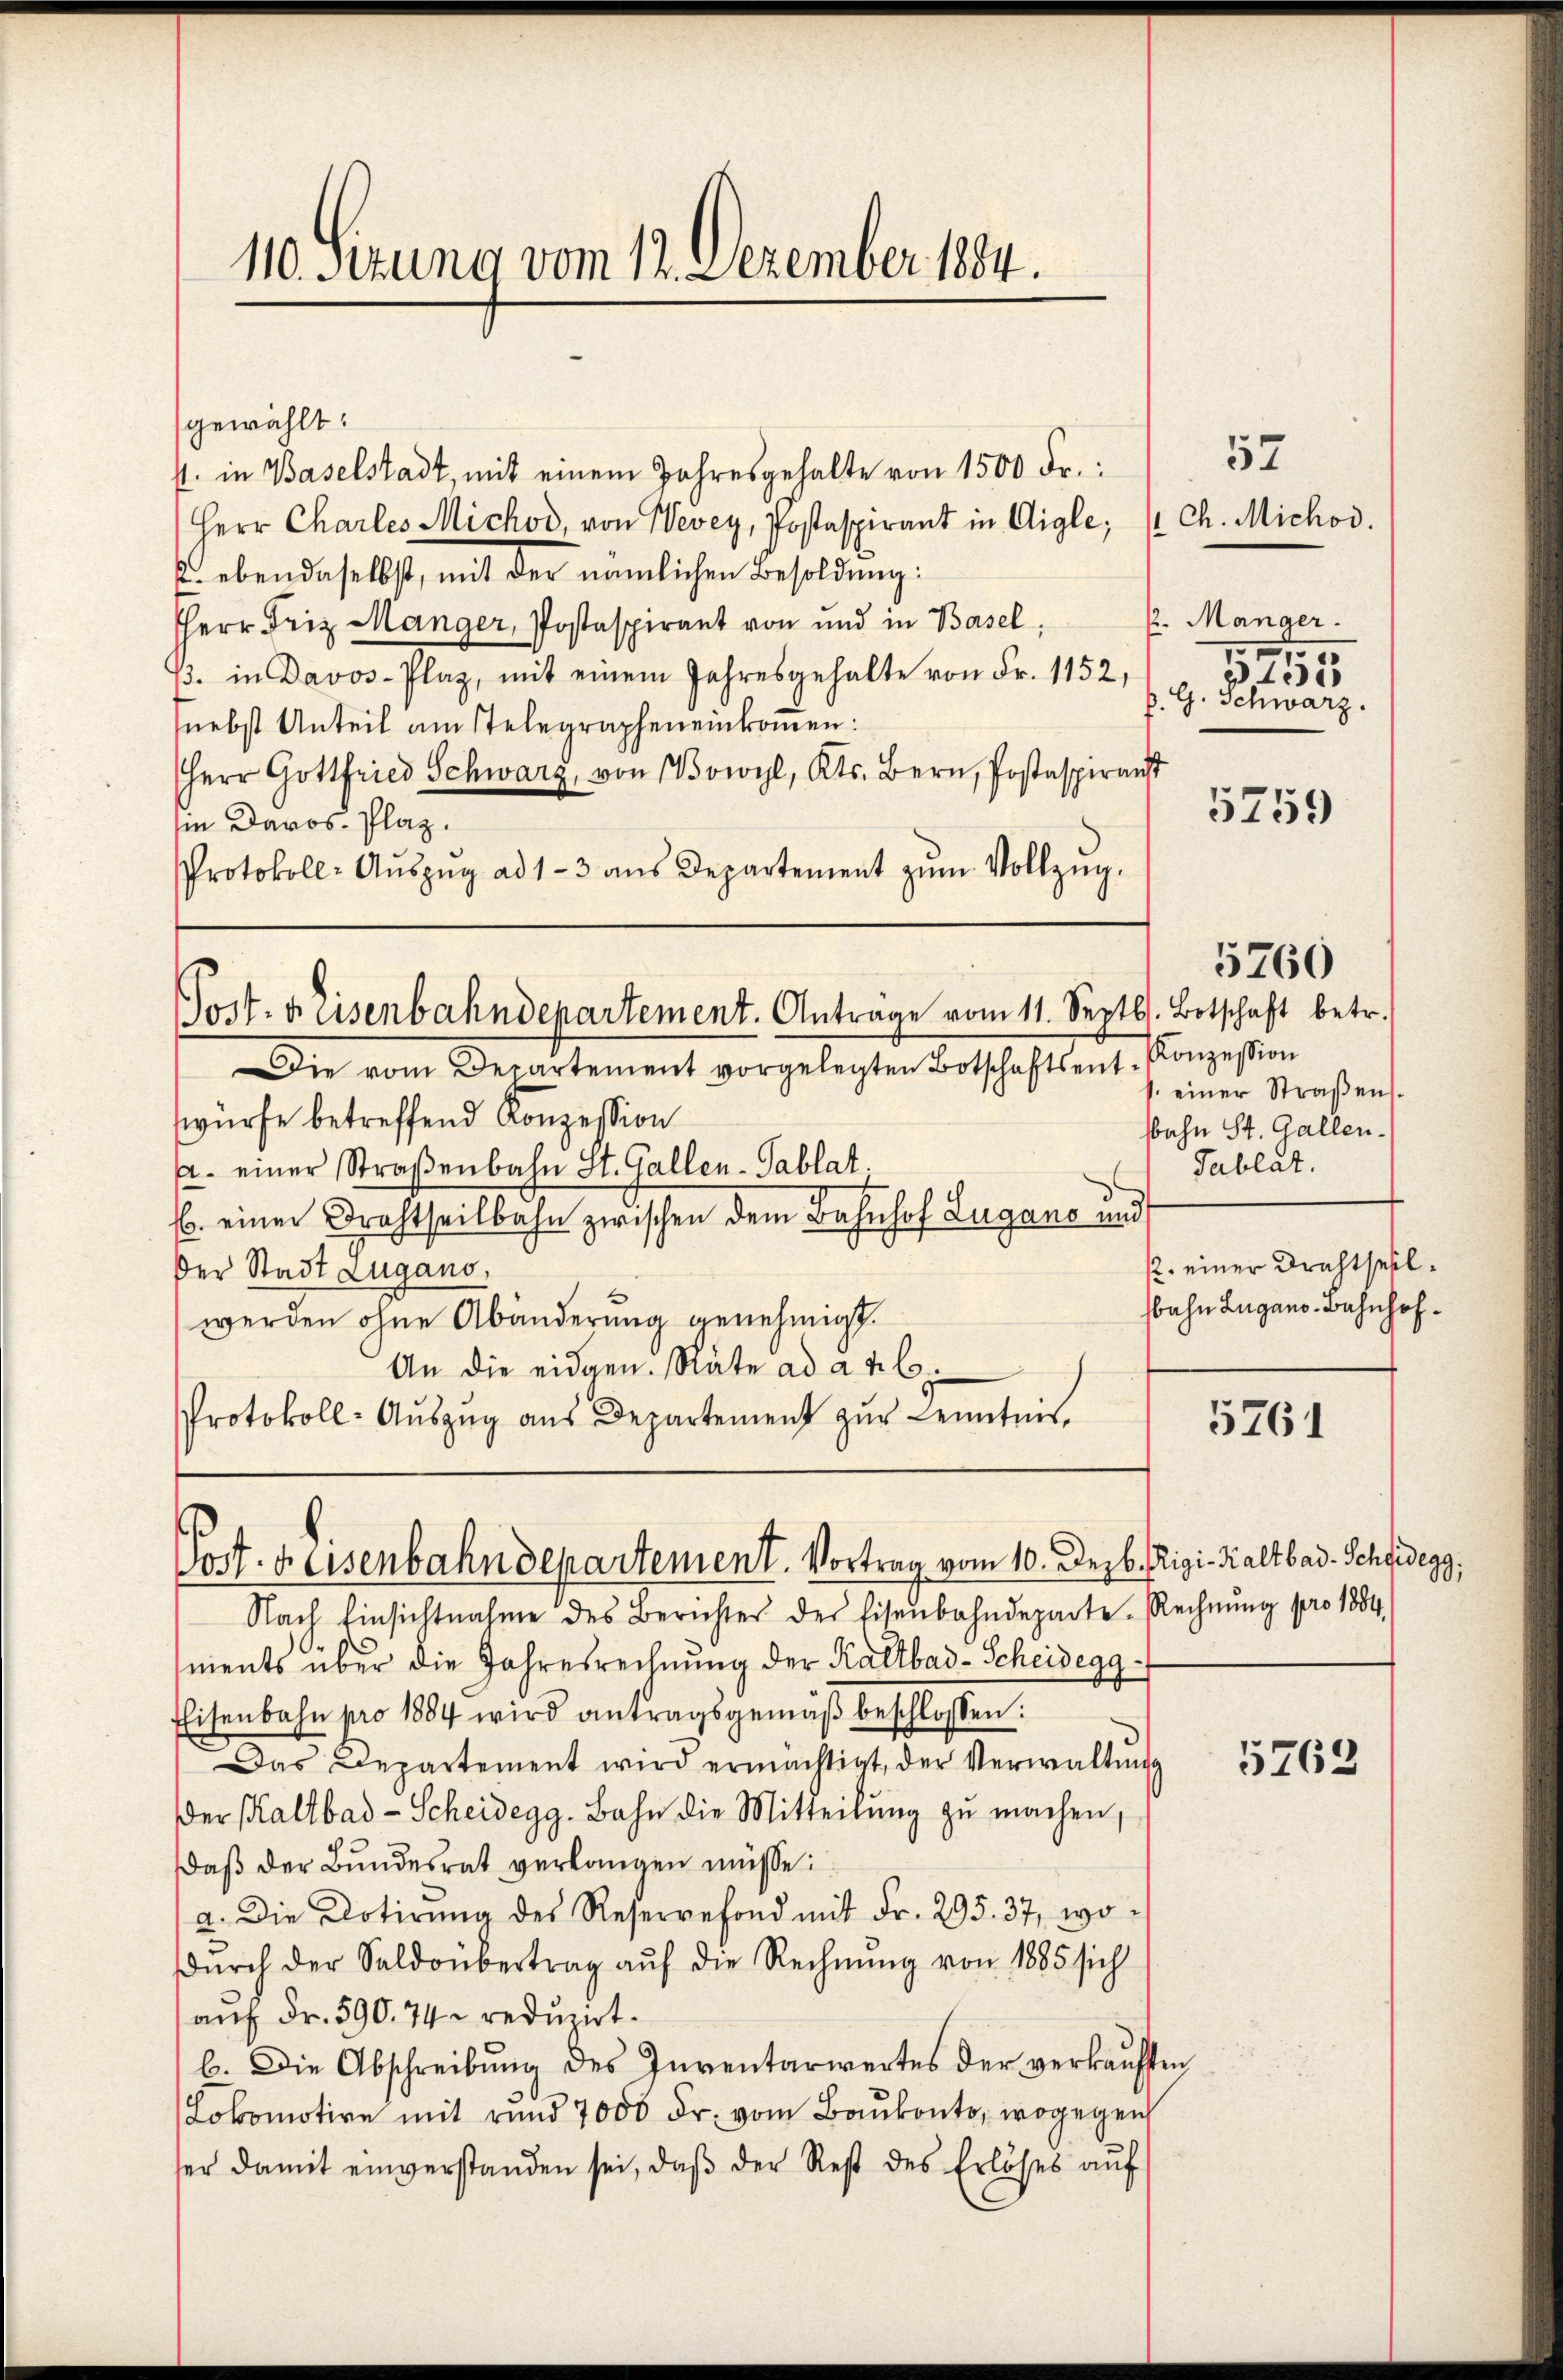
110. Sitzung vom 12. Dezember 1884.

gewählt:
1. in Baselstadt, mit einem Jahresgehalte von 1500 Fr.
Herr Charles Michod, von Wevey, Postaspirant in Aigle: 1 Ch. Michod.
E. ebendaselbst, mit der nämlichen Besoldung:
Herr Friz Manger, Postaspirant von und in Basel,
β. in Davos- Plaz, mit einem Jahresgehalte von Fr. 1152,
nebst Anteil am stelegraphen einkommen:
Herr Gottfried Schwarz, von Wowyl, Kts. Bern, Postaspirant
in Davos- Plaz.
Protokoll-Aŭszŭg ad 1-3 aŭs Departement zŭm Vollzŭg.

Post. Eisenbahndepartement. Antrage vom 11. Septbr. Botschaft betr.

Tod. d. Eisenbahndepartement. Vortrag vom 10. Dezb. Rigi-Kaltbar. Scheidegg,

57
½. Mänger.
1
15
G. Schwarz.

Die vom Departement vorgelegten Botschaftsent. Konzession
würfe betreffend Konzession
a. einer Straβenbahn St. Gallen-Tablat.
b. einer Frachtheilbahn zwischen dem Bahnhof Lugano und
Der Stadt Lugano,
werden ohne Abänderung genehmigt.
An die eidgen. Räte ad a n 6.
Protokoll-Auszug aus Departement zur Kenntnis,

Nach Einsichtnahme des Berichter der Eisenbahndeparte. Rechnŭng pro 1884.
ments über die Jahresrechnung der Kaltbad-Scheidegg¬
Eisenbahn pro 1884 wird antragsgemäβ beschlossen:
Das Departement wird ermächtigt, der Verwaltŭng
der Kaltbad-Scheidegg. Bahn die Mitteilung zu machen,
daß der Bundesrat verlangen müsse.
a. Die Dotirŭng des Reservefond mit Fr. 295. 37, wo i
Dŭrch der Saldoübertrag aŭf die Rechnŭng von 1885 sich
auf Fr. 590. 74. reduzirt.
b. Die Abschreibŭng des Inventarwertes der verkaŭften
Lokomotive mit rund 7000 Fr. vom Baŭkonto, wogegen
ser damit einverstanden sei, daβ der Rest des Erlöses aŭf

5759

einer Straßen.
bahn St. Gallen.
Tablat.
12. einer Drahtsellsbahn Zugano Bahnhof¬

5760

5761

5763